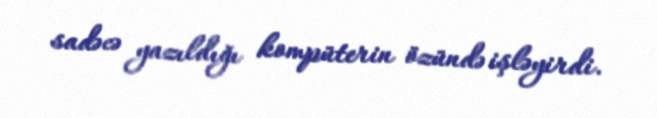
sadəcə yazıldığı kompüterin özündə işləyirdi.